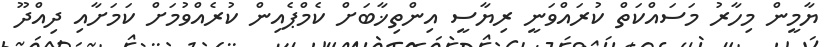
ޔާމީން މިހާރު މަސައްކަތް ކުރައްވަނީ ރިޔާސީ އިންތިޚާބަށް ކެމްޕެއިން ކުރެއްވުމަށް ކަމަށާއި ދިއްދޫ